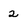
Character: 2